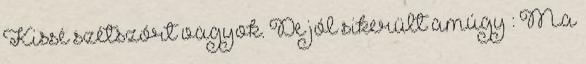
Kissé szétszórt vagyok. De jól sikerült amúgy : Ma